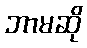
ဘာမဆို